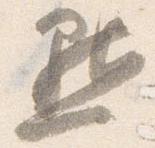
黙